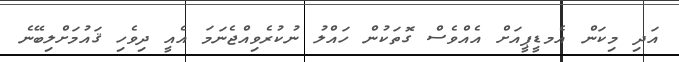
އަދި މިކަން އެމޑީޕީއަށް އެއްވެސް ގޮތަކުން ހައްލު ނުކުރެވިއްޖެނަމަ އެއީ ދިވެހި ޤައުމަށްލިބޭނެ